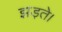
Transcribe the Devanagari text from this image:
झड़ते।